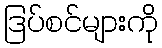
ဒြပ်စင်များကို